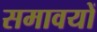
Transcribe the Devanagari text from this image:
समावयों